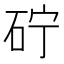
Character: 𮀓